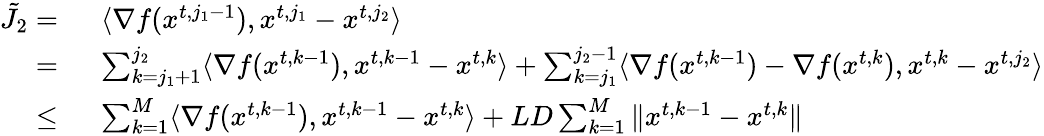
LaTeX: \begin{array}{rl}{\tilde{J}_{2}=\ }&{\langle\nabla f({x}^{t,j_{1}-1}),{x}^{t,j_{1}}-{x}^{t,j_{2}}\rangle}\\ {=\ }&{\sum_{k=j_{1}+1}^{j_{2}}\langle\nabla f({x}^{t,k-1}),{x}^{t,k-1}-{x}^{t,k}\rangle+\sum_{k=j_{1}}^{j_{2}-1}\langle\nabla f({x}^{t,k-1})-\nabla f({x}^{t,k}),{x}^{t,k}-{x}^{t,j_{2}}\rangle}\\ {\le\ }&{\sum_{k=1}^{M}\langle\nabla f({x}^{t,k-1}),{x}^{t,k-1}-{x}^{t,k}\rangle+LD\sum_{k=1}^{M}\| {x}^{t,k-1}-{x}^{t,k}\| }\end{array}